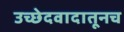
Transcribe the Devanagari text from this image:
उच्छेदवादातूनच